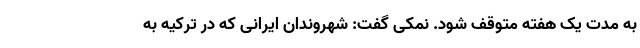
به مدت یک هفته متوقف شود. نمکی گفت: شهروندان ایرانی که در ترکیه به